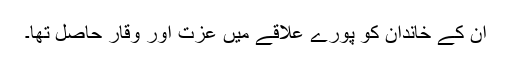
ان کے خاندان کو پورے علاقے میں عزت اور وقار حاصل تھا۔